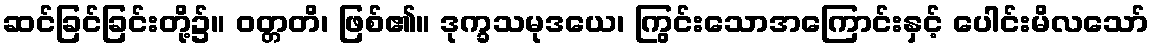
ဆင်ခြင်ခြင်းတို့၌။ ဝတ္တတိ၊ ဖြစ်၏။ ဒုက္ခသမုဒယေ၊ ကြွင်းသောအကြောင်းနှင့် ပေါင်းမိလသော်